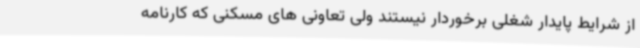
از شرایط پایدار شغلی برخوردار نیستند ولی تعاونی های مسکنی که کارنامه